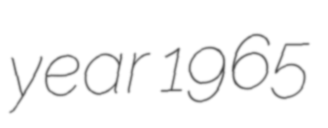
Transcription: year 1965